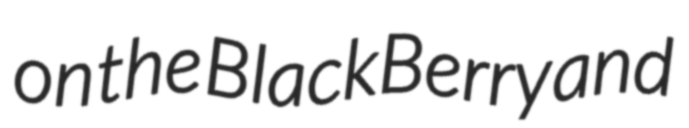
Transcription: on the BlackBerry and